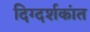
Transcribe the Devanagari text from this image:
दिग्दर्शकांत